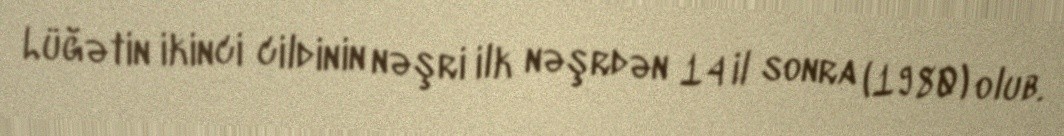
Lüğətin ikinci cildinin nəşri ilk nəşrdən 14 il sonra (1980) olub.